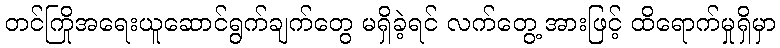
တင်ကြိုအရေးယူဆောင်ရွက်ချက်တွေ မရှိခဲ့ရင် လက်တွေ့ အားဖြင့် ထိရောက်မှုရှိမှာ